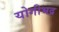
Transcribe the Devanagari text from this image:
योगीभद्र